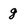
Character: g